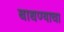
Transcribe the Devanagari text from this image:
बाधण्याचा